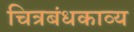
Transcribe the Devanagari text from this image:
चित्रबंधकाव्य